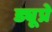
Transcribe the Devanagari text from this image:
ड्यूप्रे